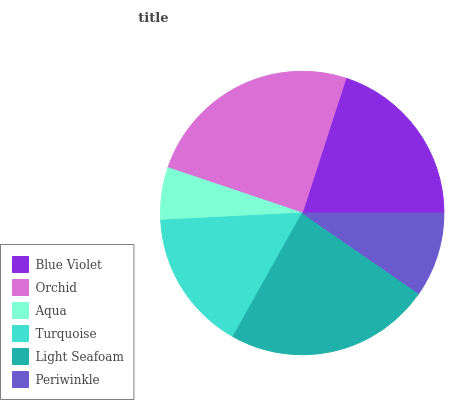
| Blue Violet | Orchid | Aqua | Turquoise | Light Seafoam | Periwinkle |
 | --- | --- | --- | --- | --- | --- |
 | 20% | 24.8% | 5.96% | 16.1% | 23.5% | 9.62% |